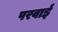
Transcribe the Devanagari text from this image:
परवाई